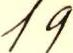
19